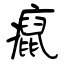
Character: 癙